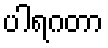
ပါရဂတာ